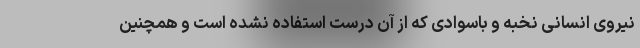
نیروی انسانی نخبه و باسوادی که از آن درست استفاده نشده است و همچنین